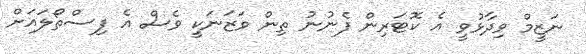
ނަޒީމް ވިދާޅުވީ އެ ކޮޓަރިން ފެނުނު ތިން ވަޒަނަކީ ވެސް އެ ފިސްތޯލައަށް